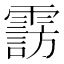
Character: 𲊆